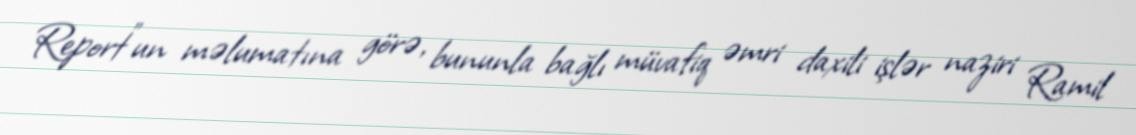
Report"un məlumatına görə, bununla bağlı müvafiq əmri daxili işlər naziri Ramil